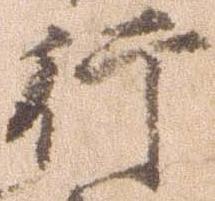
行